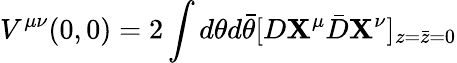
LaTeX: V^{\mu\nu}(0,0)=2\int d\theta d\bar{\theta}[D{\mathbf X}^{\mu}{\bar{D}}{\mathbf X}^{\nu}]_{z=\bar{z}=0}